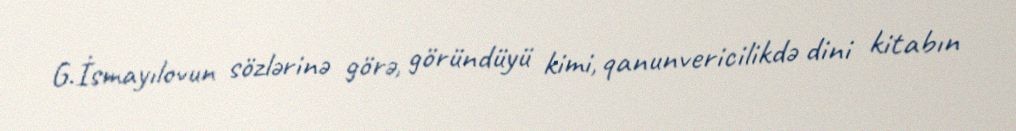
G.İsmayılovun sözlərinə görə, göründüyü kimi, qanunvericilikdə dini kitabın